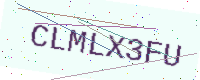
Text: CLMLX3FU